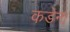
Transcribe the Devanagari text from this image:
कडेना